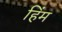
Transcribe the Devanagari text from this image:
हिंम